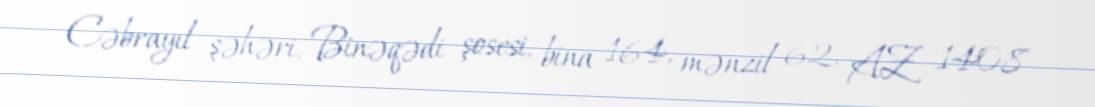
Cəbrayıl şəhəri, Binəqədi şosesi, bina 164, mənzil 62, AZ 1408